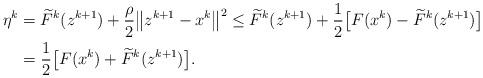
LaTeX: \begin{align*}\eta^k &= \widetilde{F}^k(z^{k+1}) + \frac{\rho}{2}\big\| z^{k+1}-x^k\big\|^2 \le\widetilde{F}^k(z^{k+1}) + \frac{1}{2}\big[F(x^k) - \widetilde{F}^k(z^{k+1})\big] \\&= \frac{1}{2}\big[F(x^k) + \widetilde{F}^k(z^{k+1})\big].\end{align*}